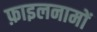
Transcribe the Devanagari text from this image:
फ़ाइलनामों